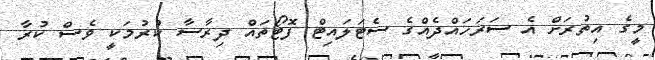
މީގެ އިތުރަށް އެ ސަރަހައްދެއްގެ ސެޓަލައިޓް ފޮޓޯތައް ދިރާސާ ކުރުމަކީ ވެސް ކުރާ